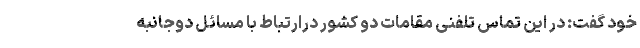
خود گفت: در این تماس تلفنی مقامات دو کشور درارتباط با مسائل دوجانبه